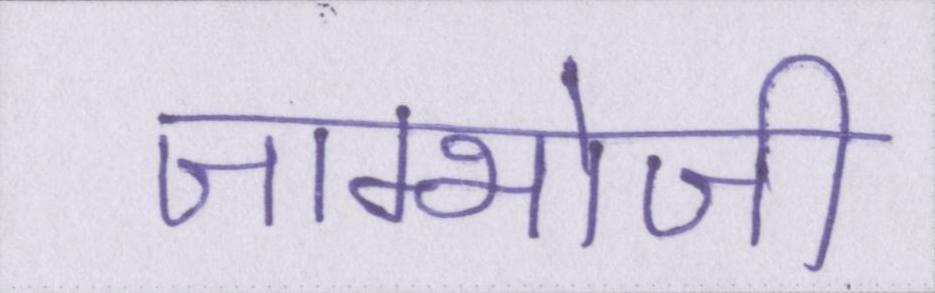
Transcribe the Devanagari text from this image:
जाम्भोजी